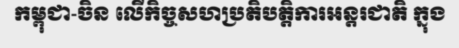
កម្ពុជា-ចិន លើកិច្ចសហប្រតិបត្តិការអន្តរជាតិ ក្នុង